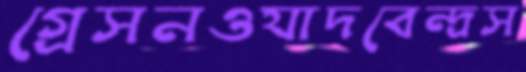
গ্রেসনওযাদবেন্দ্রস